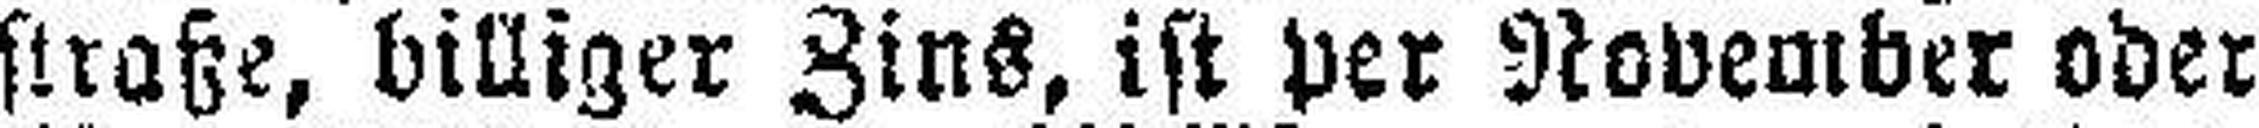
straße, billiger Zins, ist per November oder